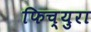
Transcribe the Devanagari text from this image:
फिच्युरा